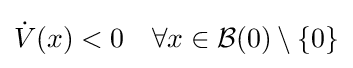
{\dot {V}}(x)<0\quad \forall x\in {\mathcal {B}}(0)\setminus \{0\}